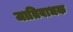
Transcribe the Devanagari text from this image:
जातिबाधक